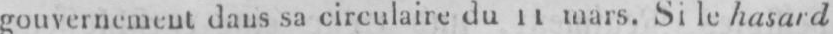
mars. Si, le hasard